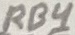
Text: RB4